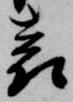
表